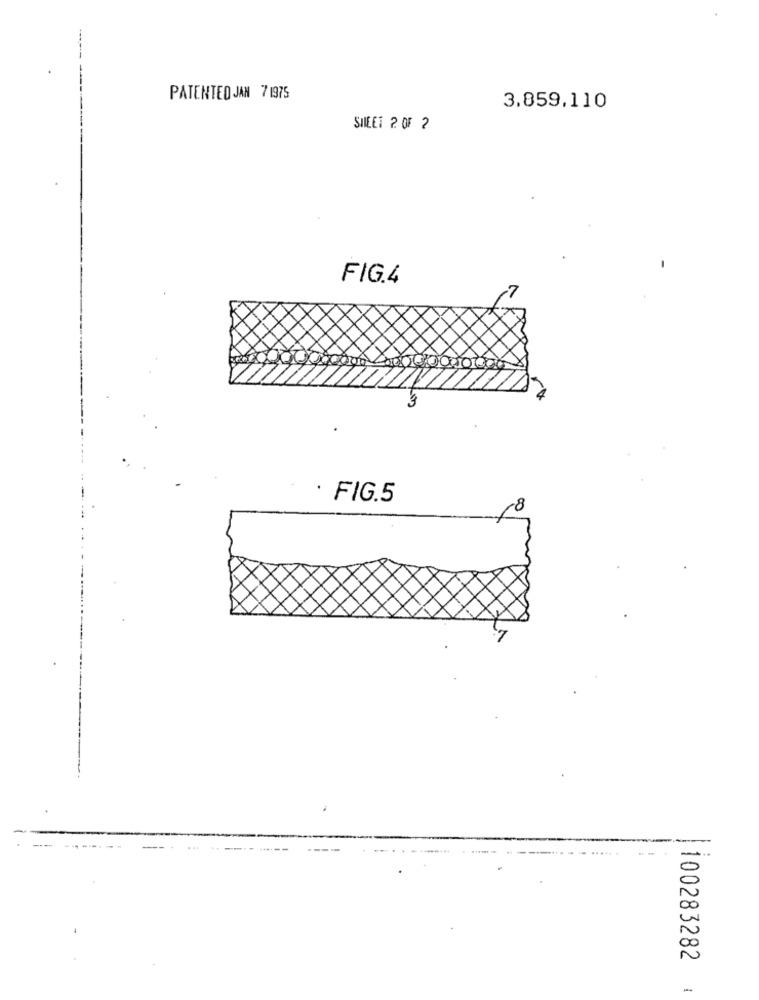
PATENTED JAN 71975
3.859,110
SIEET 2 OF 2
FIG.4
. FIG.5
100283282